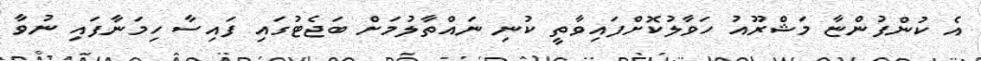
އެ ކުންފުންޏާ މަޝްރޫއު ހަވާލުކޮށްފައިވާތީ ކުނި ނައްތާލުމަށް ބަޖެޓުގައި ފައިސާ ހިމަނާފައި ނުވާ